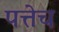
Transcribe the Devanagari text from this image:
पत्तेच